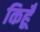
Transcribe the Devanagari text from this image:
किहूँ